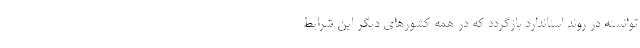
توانسته در روند استاندارد بازگردد که در همه کشورهای دیگر این شرایط